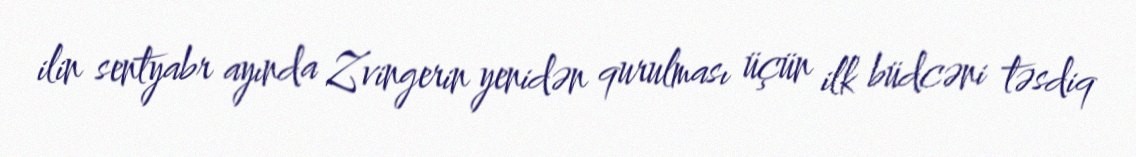
ilin sentyabr ayında Zvingerin yenidən qurulması üçün ilk büdcəni təsdiq